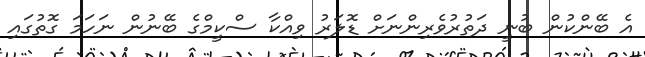
އެ ބޭންކުން ބުނީ ދަތުރުވެރިންނަށް ޑޮލަރު ވިއްކާ ސްކީމްގެ ބޭނުން ނަހަމަ ގޮތުގައި